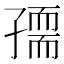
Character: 𡦘